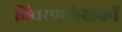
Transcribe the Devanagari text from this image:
विवरणलेखकों